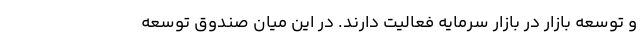
و توسعه بازار در بازار سرمایه فعالیت دارند. در این میان صندوق توسعه